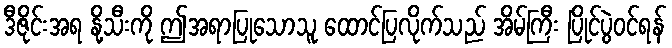
ဒီဇိုင်းအရ နို့သီးကို ဤအရာပြုသောသူ ထောင်ပြလိုက်သည် အိမ်ကြီး ပြိုင်ပွဲဝင်ရန်